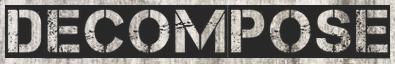
DECOMPOSE